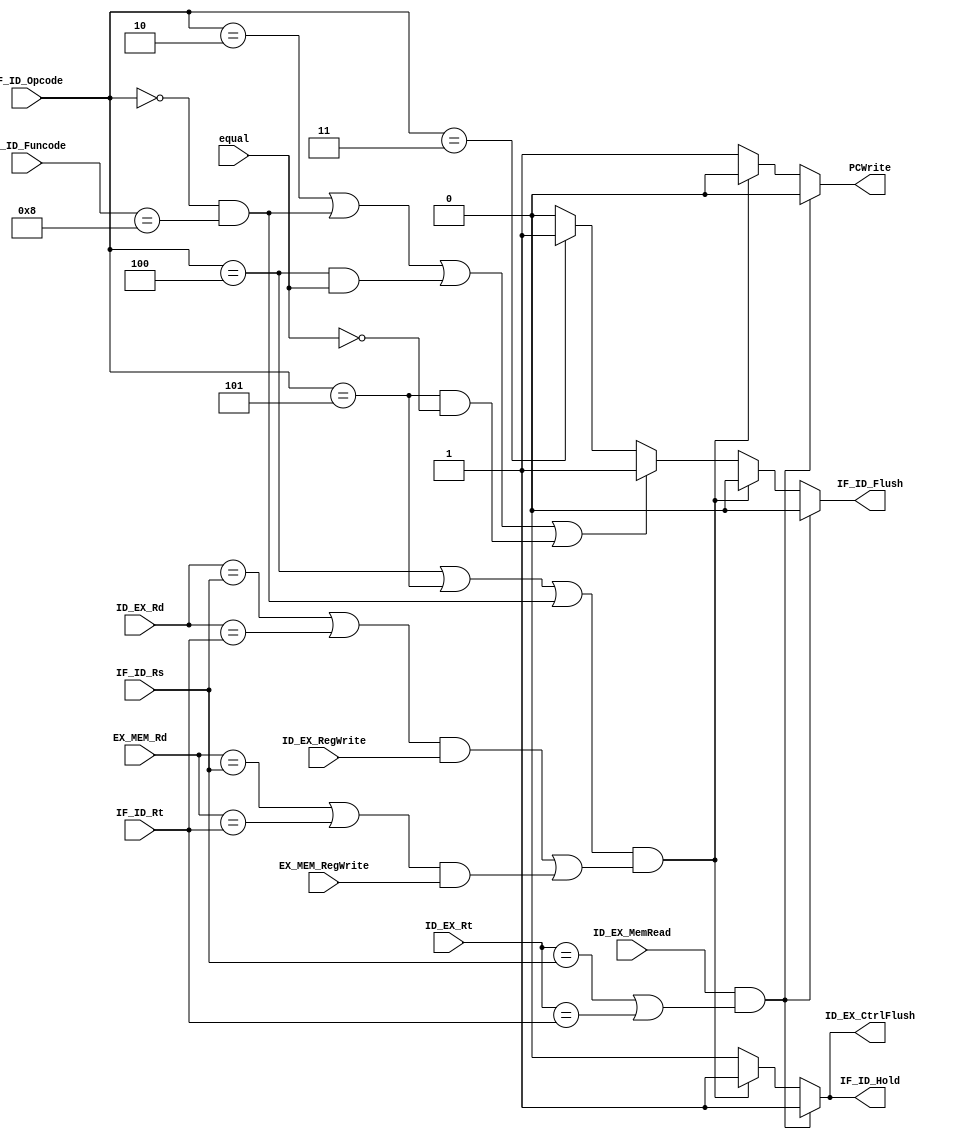
/*
DESCRIPTION:
Hazard Detection Unit

NOTES:
TODO:
*/

module hazardDetectionUnit_r0 (
	input [5:0] IF_ID_Opcode,
	input [5:0] IF_ID_Funcode,
	input [4:0] IF_ID_Rs,
	input [4:0] IF_ID_Rt,
	input ID_EX_MemRead,
	input [4:0] ID_EX_Rt,
	input equal,
	input [4:0] ID_EX_Rd,
	input [4:0] EX_MEM_Rd,
	input ID_EX_RegWrite,
	input EX_MEM_RegWrite,
	output reg PCWrite,
	output reg ID_EX_CtrlFlush,
	output reg IF_ID_Flush,
	output reg IF_ID_Hold
);

/**********
 * Internal Signals
 **********/
 localparam j		= 6'h02;
 localparam jal		= 6'h03;
 localparam beq		= 6'h04;
 localparam bne		= 6'h05;
 
 localparam R_Type 	= 6'h00;
 localparam fun_jr		= 6'h08;
 
/**********
 * Glue Logic 
 **********/
/**********
 * Synchronous Logic
 **********/
/**********
 * Glue Logic 
 **********/
/**********
 * Components
 **********/
/**********
 * Output Combinatorial Logic
 **********/
	always @(IF_ID_Opcode, IF_ID_Rs, IF_ID_Rt, ID_EX_MemRead, ID_EX_Rt, equal, ID_EX_Rd, EX_MEM_Rd, ID_EX_RegWrite, EX_MEM_RegWrite) begin
		if((ID_EX_MemRead == 1'b1) && ((ID_EX_Rt == IF_ID_Rs) || (ID_EX_Rt == IF_ID_Rt))) begin
			PCWrite <= 1'b0;
			ID_EX_CtrlFlush <= 1'b1;
			IF_ID_Flush <= 1'b0;
			IF_ID_Hold <= 1'b1;
		end else if(((IF_ID_Opcode == beq) || (IF_ID_Opcode == bne) || ((IF_ID_Opcode == R_Type) && (IF_ID_Funcode == fun_jr))) 
		&& (((ID_EX_Rd == IF_ID_Rs || ID_EX_Rd == IF_ID_Rt) && (ID_EX_RegWrite == 1'b1)) || ((EX_MEM_Rd == IF_ID_Rs || EX_MEM_Rd == IF_ID_Rt) && (EX_MEM_RegWrite == 1'b1)))) begin
			PCWrite <= 1'b0;
			ID_EX_CtrlFlush <= 1'b1;
			IF_ID_Flush <= 1'b0;
			IF_ID_Hold <= 1'b1;
		end else if((IF_ID_Opcode == j) /*|| (IF_ID_Opcode == jal)*/ || ((IF_ID_Opcode == R_Type) && (IF_ID_Funcode == fun_jr)) || (IF_ID_Opcode == beq && (equal == 1'b1)) || (IF_ID_Opcode == bne && (equal == 1'b0))) begin
			PCWrite <= 1'b1;
			ID_EX_CtrlFlush <= 1'b0;
			IF_ID_Flush <= 1'b1;
			IF_ID_Hold <= 1'b0;
		end else if(IF_ID_Opcode == jal) begin
			PCWrite <= 1'b1;
			ID_EX_CtrlFlush <= 1'b0;
			IF_ID_Flush <= 1'b1;
			IF_ID_Hold <= 1'b0;
		end else begin
			PCWrite <= 1'b1;
			ID_EX_CtrlFlush <= 1'b0;
			IF_ID_Flush <= 1'b0;
			IF_ID_Hold <= 1'b0;
		end
	end	
endmodule